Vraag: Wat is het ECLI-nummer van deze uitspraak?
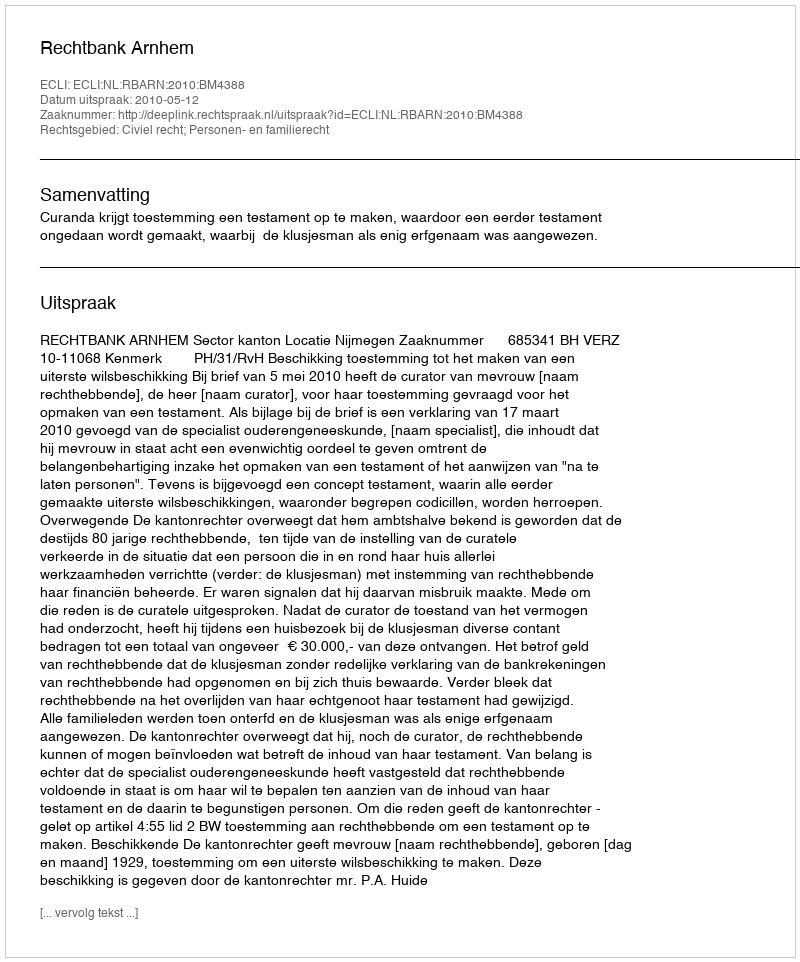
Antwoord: ECLI:NL:RBARN:2010:BM4388